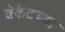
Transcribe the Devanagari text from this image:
ब्रेकेटच्या